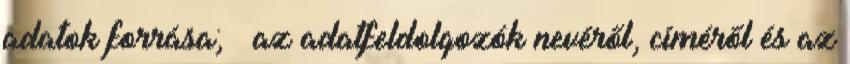
adatok forrása; · az adatfeldolgozók nevéről, címéről és az